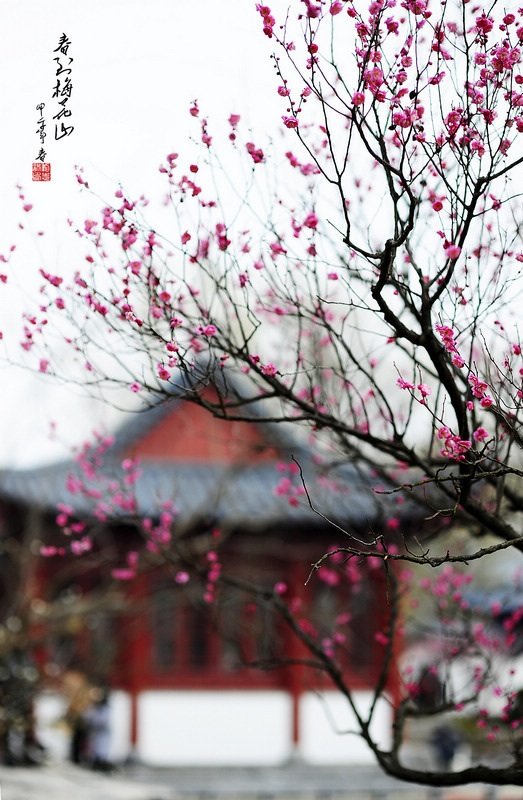
应酬都不暇，一岭是梅花。